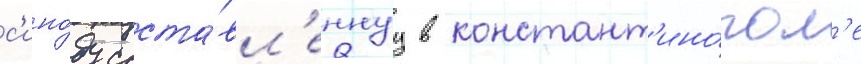
с'ино́ду соста́вл'еннуу в констант'ино́пол'е